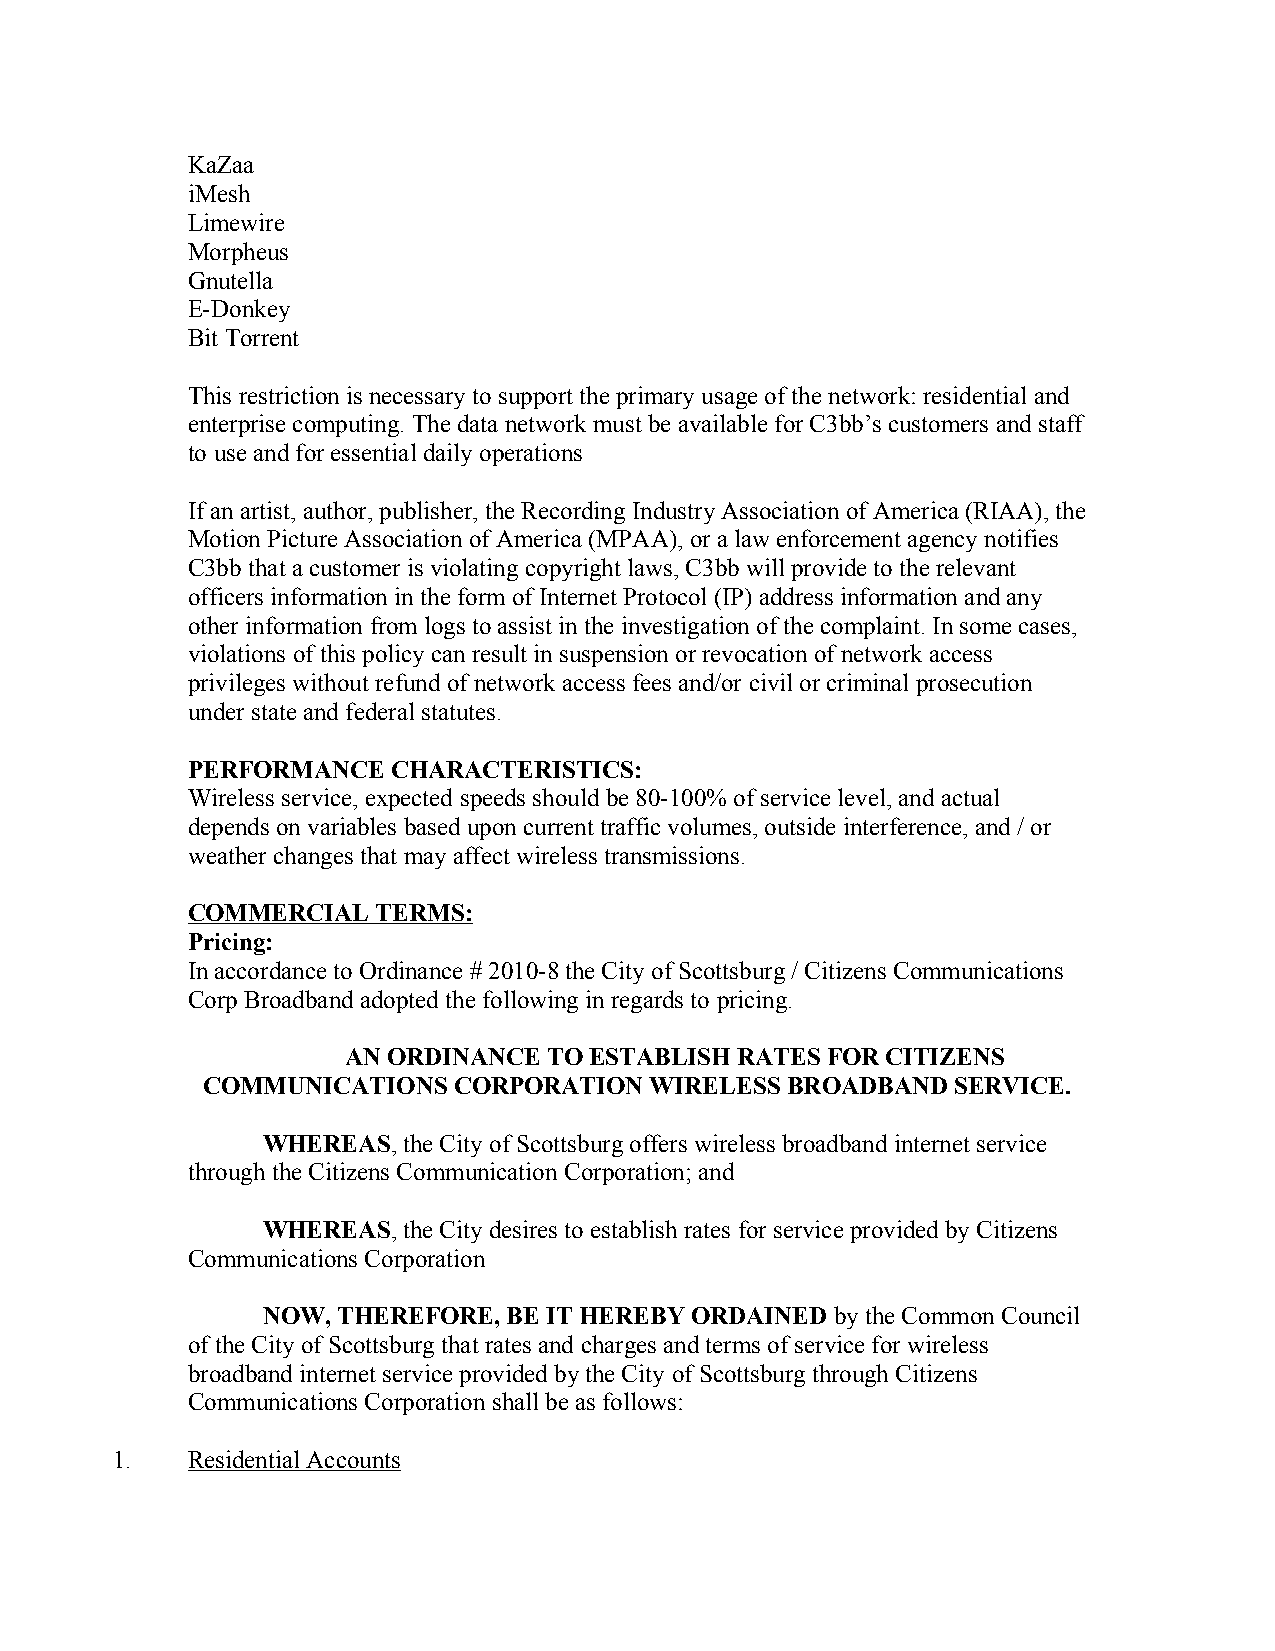
KaZaa
 iMesh
 Limewire
 Morpheus
 Gnutella
 E-Donkey
 Bit Torrent
 This restriction is necessary to support the primary usage of the network: residential and
 enterprise computing. The data network must be available for C3bb’s customers and staff
 to use and for essential daily operations
 If an artist, author, publisher, the Recording Industry Association of America (RIAA), the
 Motion Picture Association of America (MPAA), or a law enforcement agency notifies
 C3bb that a customer is violating copyright laws, C3bb will provide to the relevant
 officers information in the form of Internet Protocol (IP) address information and any
 other information from logs to assist in the investigation of the complaint. In some cases,
 violations of this policy can result in suspension or revocation of network access
 privileges without refund of network access fees and/or civil or criminal prosecution
 under state and federal statutes.
 PERFORMANCE   CHARACTERISTICS:
 Wireless service, expected speeds should be 80-100% of service level, and actual
 depends on variables based upon current traffic volumes, outside interference, and / or
 weather changes that may affect wireless transmissions.
 COMMERCIAL   TERMS:
 Pricing:
 In accordance to Ordinance # 2010-8 the City of Scottsburg / Citizens Communications
 Corp Broadband adopted the following in regards to pricing.
 AN ORDINANCE TO ESTABLISH RATES FOR CITIZENS
 COMMUNICATIONS   CORPORATION  WIRELESS BROADBAND  SERVICE.
 WHEREAS,  the City of Scottsburg offers wireless broadband internet service
 through the Citizens Communication Corporation; and
 WHEREAS,  the City desires to establish rates for service provided by Citizens
 Communications Corporation
 NOW, THEREFORE,  BE IT HEREBY ORDAINED by the Common Council
 of the City of Scottsburg that rates and charges and terms of service for wireless
 broadband internet service provided by the City of Scottsburg through Citizens
 Communications Corporation shall be as follows:
 1.   Residential Accounts